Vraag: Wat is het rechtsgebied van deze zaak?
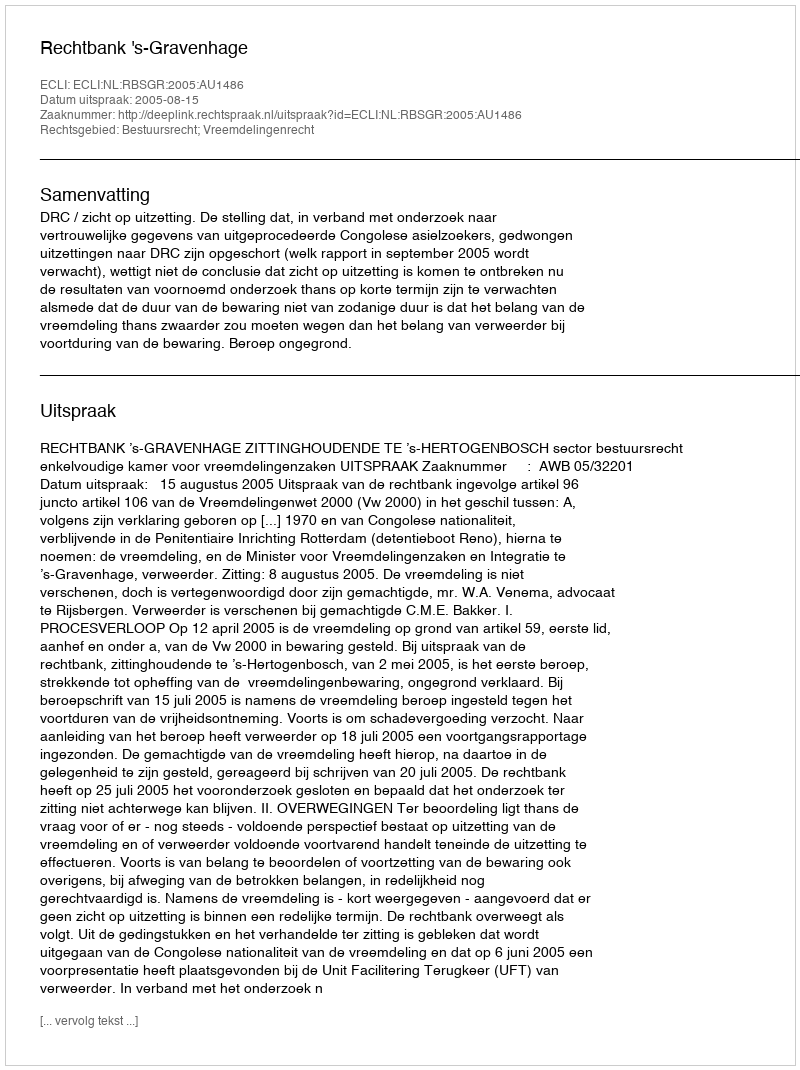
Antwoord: Bestuursrecht; Vreemdelingenrecht